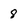
Character: 8